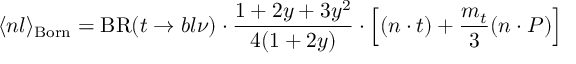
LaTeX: \langle n l \rangle _ { \mathrm { B o r n } } = \mathrm { B R } ( t \to b l \nu ) \cdot \frac { 1 + 2 y + 3 y ^ { 2 } } { 4 ( 1 + 2 y ) } \cdot \Big [ ( n \cdot t ) + \frac { m _ { t } } { 3 } ( n \cdot P ) \Big ]